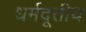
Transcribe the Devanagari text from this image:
धर्मदूतीय